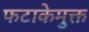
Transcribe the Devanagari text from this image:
फटाकेमुक्त